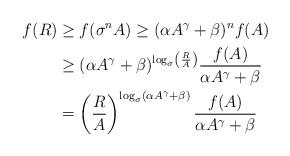
LaTeX: \begin{align*}f(R)&\geq f(\sigma^n A) \geq (\alpha A^\gamma +\beta)^n f(A)\\& \geq (\alpha A^\gamma +\beta)^{\log_\sigma\left(\frac{R}{A}\right)} \frac{f(A)}{\alpha A^\gamma +\beta}\\& = \left(\frac{R}{A}\right)^{\log_\sigma(\alpha A^\gamma+\beta)} \frac{f(A)}{\alpha A^\gamma +\beta}\end{align*}